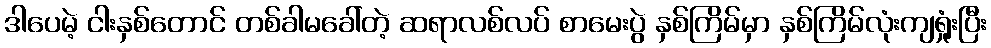
ဒါပေမဲ့ ငါးနှစ်တောင် တစ်ခါမခေါ်တဲ့ ဆရာလစ်လပ် စာမေးပွဲ နှစ်ကြိမ်မှာ နှစ်ကြိမ်လုံးကျရှုံးပြီး